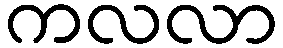
ကလလာ